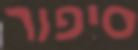
סיפור